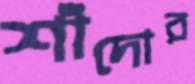
শাঁদোর